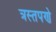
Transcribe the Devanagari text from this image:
त्रस्तपणे